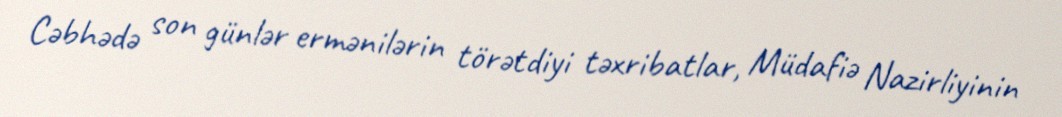
Cəbhədə son günlər ermənilərin törətdiyi təxribatlar, Müdafiə Nazirliyinin